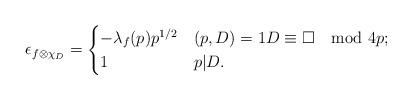
LaTeX: \begin{align*} \epsilon_{f \otimes \chi_D}= \begin{cases} -\lambda_f(p) p^{1/2} & (p,D)=1 D\equiv \square\mod 4p;\\ 1 & p|D. \end{cases}\end{align*}